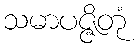
သမာပဇ္ဇိတုံ